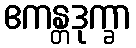
ဧကန္တဒုက္ခာ